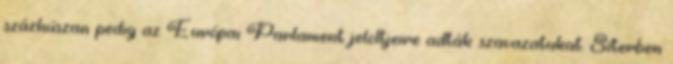
százhúszan pedig az Európai Parlament jelöltjeire adták szavazatukat. Síterben